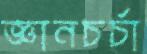
জ্ঞানচর্চা